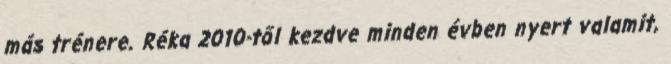
más trénere. Réka 2010-től kezdve minden évben nyert valamit,